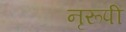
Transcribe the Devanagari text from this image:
नृरूपी